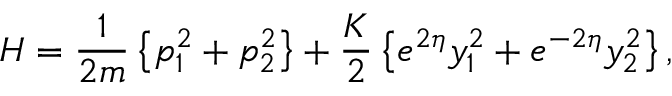
H = { \frac { 1 } { 2 m } } \left\{ p _ { 1 } ^ { 2 } + p _ { 2 } ^ { 2 } \right\} + { \frac { K } { 2 } } \left\{ e ^ { 2 \eta } y _ { 1 } ^ { 2 } + e ^ { - 2 \eta } y _ { 2 } ^ { 2 } \right\} ,